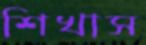
শিখাস